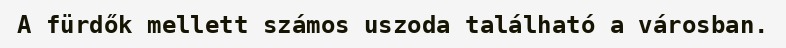
A fürdők mellett számos uszoda található a városban.